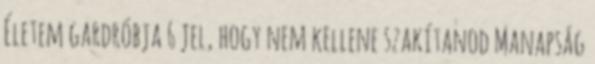
Életem gardróbja 6 jel, hogy nem kellene szakítanod Manapság